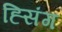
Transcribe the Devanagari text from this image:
ह्सिंग